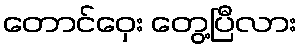
တောင်ဝှေး တွေ့ပြီလား